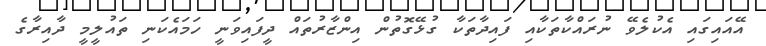
އޭއައިގައި އެކުލެވޭ ނުރައްކާތަކާއި ފައިދާތަކާ ގުޅޭގޮތުން އިންޒާރުތައް ދީފައިވަނީ ހަމައެކަނި ތައުލީމީ ދާއިރާގެ